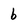
Character: b